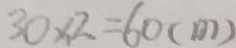
3 0 \times 2 = 6 0 ( m )